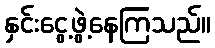
နှင်းငွေ့ဖွဲ့နေကြသည်။